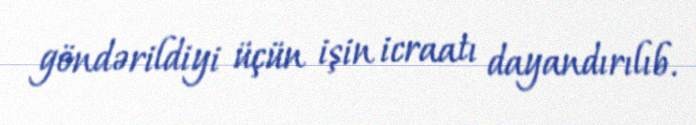
göndərildiyi üçün işin icraatı dayandırılıb.